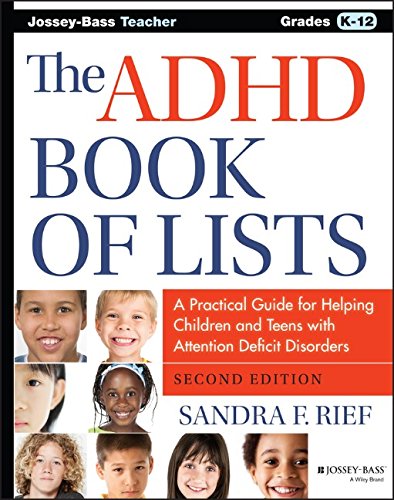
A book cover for The ADHD Book of Lists: A Practical Guide for Helping Children and Teens with Attention Deficit Disorders; Sandra F. Rief; Education & Teaching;